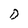
Character: D